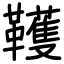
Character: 韄